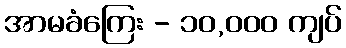
အာမခံကြေး - ၁၀,၀၀၀ ကျပ်